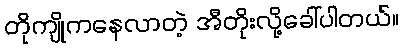
တိုကျိုကနေလာတဲ့ အီတိုးလို့ခေါ်ပါတယ်။